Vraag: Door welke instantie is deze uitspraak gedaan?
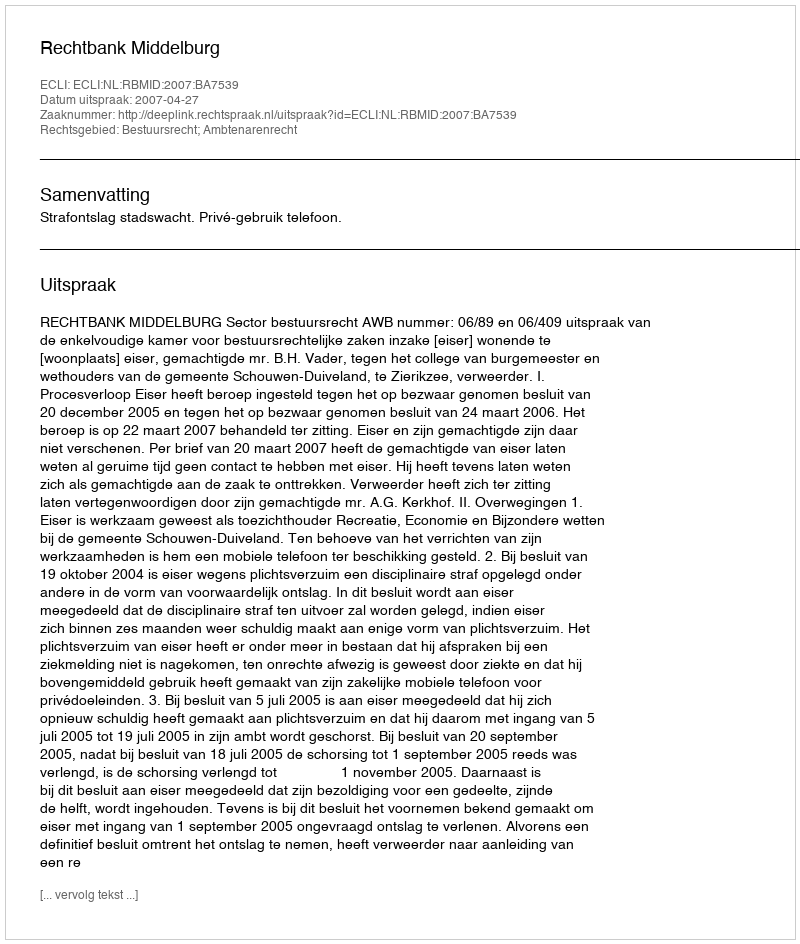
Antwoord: Rechtbank Middelburg